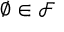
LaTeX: \varnothing \in { \mathcal { F } }